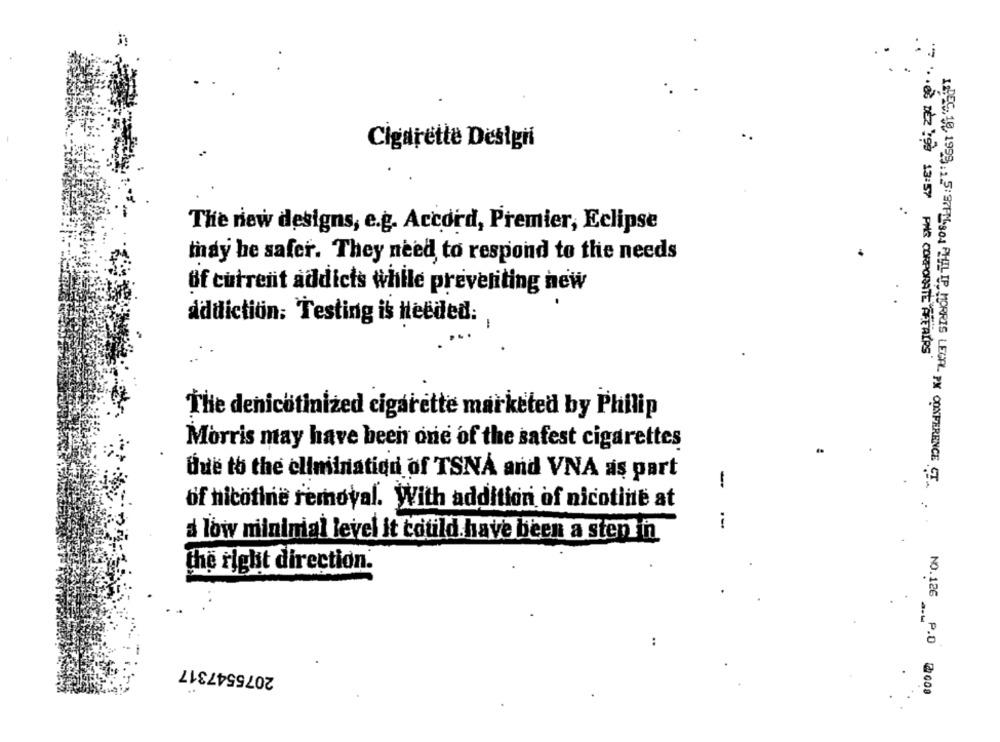
Cigarette Designi
The new designs, e.g. Accord, Premier, Eclipse
thay be safer. They need to respond to the needs
Of current addicts while preventing new
addiction: Testing is needed:
... 022 :00 13:57 PM& CORPORATE AFFAIRS
The denichtinized cigarette marketed by Philip
Morris may have been one of the safest cigarettes
due to the elimination of TSNA and VNA as part
-
1.DEC. 18. 1995. , 5:37FILHO4 PHILIP MORRIS LEGAL PX CONFERENCE CT.
of nicotine removal. With addition of nicotine at
.-.
a low mininial level it could have been a step in
the right direction.
..
2075547317
NO.126 P.D @000